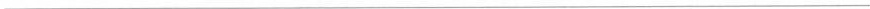
___